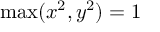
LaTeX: \operatorname* { m a x } ( x ^ { 2 } , y ^ { 2 } ) = 1